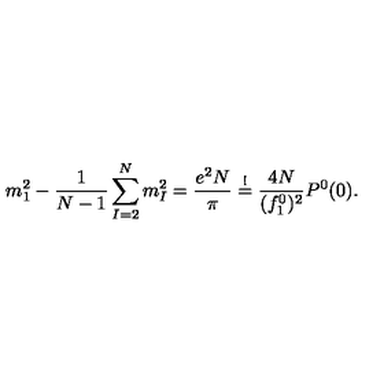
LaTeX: m _ { 1 } ^ { 2 } - \frac { 1 } { N - 1 } \sum _ { I = 2 } ^ { N } m _ { I } ^ { 2 } = \frac { e ^ { 2 } N } { \pi } \stackrel { ! } { = } \frac { 4 N } { ( f _ { 1 } ^ { 0 } ) ^ { 2 } } P ^ { 0 } ( 0 ) .